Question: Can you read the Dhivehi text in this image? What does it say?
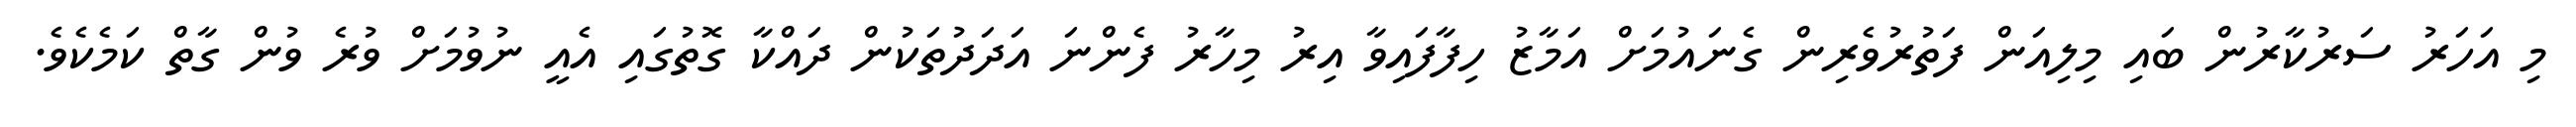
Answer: މި އަހަރު ސަރުކާރުން ބައި މިލިއަން ފަތުރުވެރިން ގެނައުމަށް އަމާޒު ހިފާފައިވާ އިރު މިހާރު ފެންނަ އަދަދުތަކުން ދައްކާ ގޮތުގައި އެއީ ނުވުމަށް ވުރެ ވުން ގާތް ކަމެކެވެ.